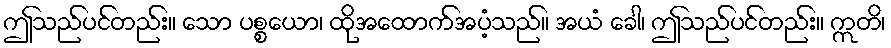
ဤသည်ပင်တည်း။ သော ပစ္စယော၊ ထိုအထောက်အပံ့သည်။ အယံ ခေါ၊ ဤသည်ပင်တည်း။ ဣတိ၊